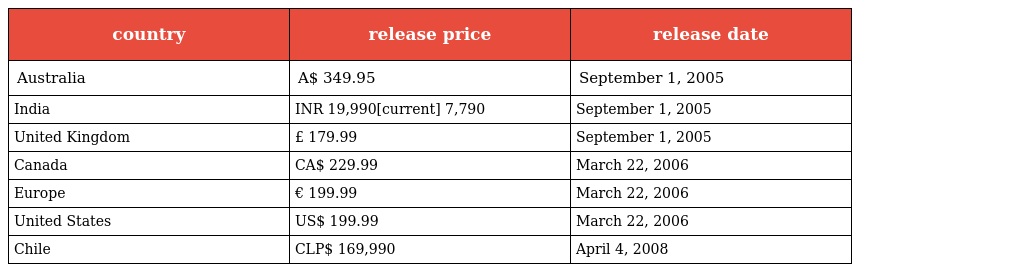
| country | release price | release date |
 | --- | --- | --- |
 | Australia | A$ 349.95 | September 1, 2005 |
 | India | INR 19,990[current] 7,790 | September 1, 2005 |
 | United Kingdom | £ 179.99 | September 1, 2005 |
 | Canada | CA$ 229.99 | March 22, 2006 |
 | Europe | € 199.99 | March 22, 2006 |
 | United States | US$ 199.99 | March 22, 2006 |
 | Chile | CLP$ 169,990 | April 4, 2008 |